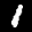
Label: 1